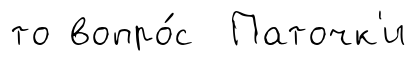
то вопро́с Паточк'и